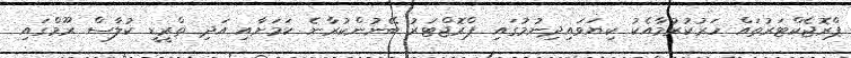
ޕްރޮޖެކްޓަރުތައް ހަރުކުރުމާއެކު ކިޔަވައިދިނުމުގައި ޕްރޮޖްޓަރު ބޭނުންކުރާނެ ކަމަށާއި އަދި ތްރީޑީ ކުލާސް ރޫމްގައި